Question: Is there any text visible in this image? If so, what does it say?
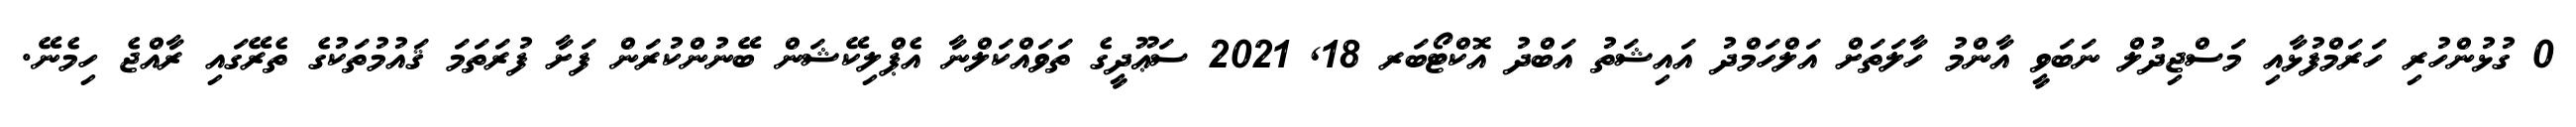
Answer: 0 ގުޅުންހުރި ހަރަމްފުޅާއި މަސްޖިދުލް ނަބަވީ އާންމު ހާލަތަށް އަލްހަމްދު އައިޝަތު އަބްދު އޮކްޓޯބަރ 18, 2021 ސަޢޫދީގެ ތަވައްކަލްނާ އެޕްލިކޭޝަން ބޭނުންކުރަން ފަށާ ފުރަތަމަ ޤައުމުތަކުގެ ތެރޭގައި ރާއްޖެ ހިމެނޭ.